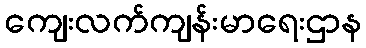
ကျေးလက်ကျန်းမာရေးဌာန